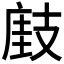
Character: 𢻘